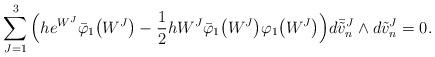
LaTeX: \begin{align*} \sum\limits_{J=1}^{3}\Big(he^{{W}^{J}} \bar{\varphi}_{1}\big({W}^{J}\big)-\frac{1}{2}h{W}^{J}\bar{\varphi}_{1}\big({W}^{J}\big)\varphi_{1}\big({W}^{J}\big)\Big) d\bar{\tilde{v}}_{n}^{J}\wedge d\tilde{v}_{n}^{J}=0.\end{align*}